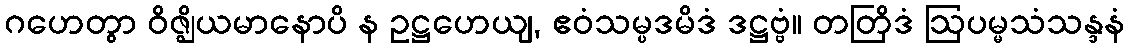
ဂဟေတွာ ဝိဇ္ဈိယမာနောပိ န ဥဋ္ဌဟေယျ, ဧဝံသမ္ပဒမိဒံ ဒဋ္ဌဗ္ဗံ။ တတြိဒံ ဩပမ္မသံသန္ဒနံ